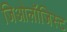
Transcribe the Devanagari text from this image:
जिओलॉजिस्ट